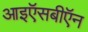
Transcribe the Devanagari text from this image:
आइऍसबीऍन